38_143685_box_Incident_Summaries_173-233
Agency: Department of War
Page 102
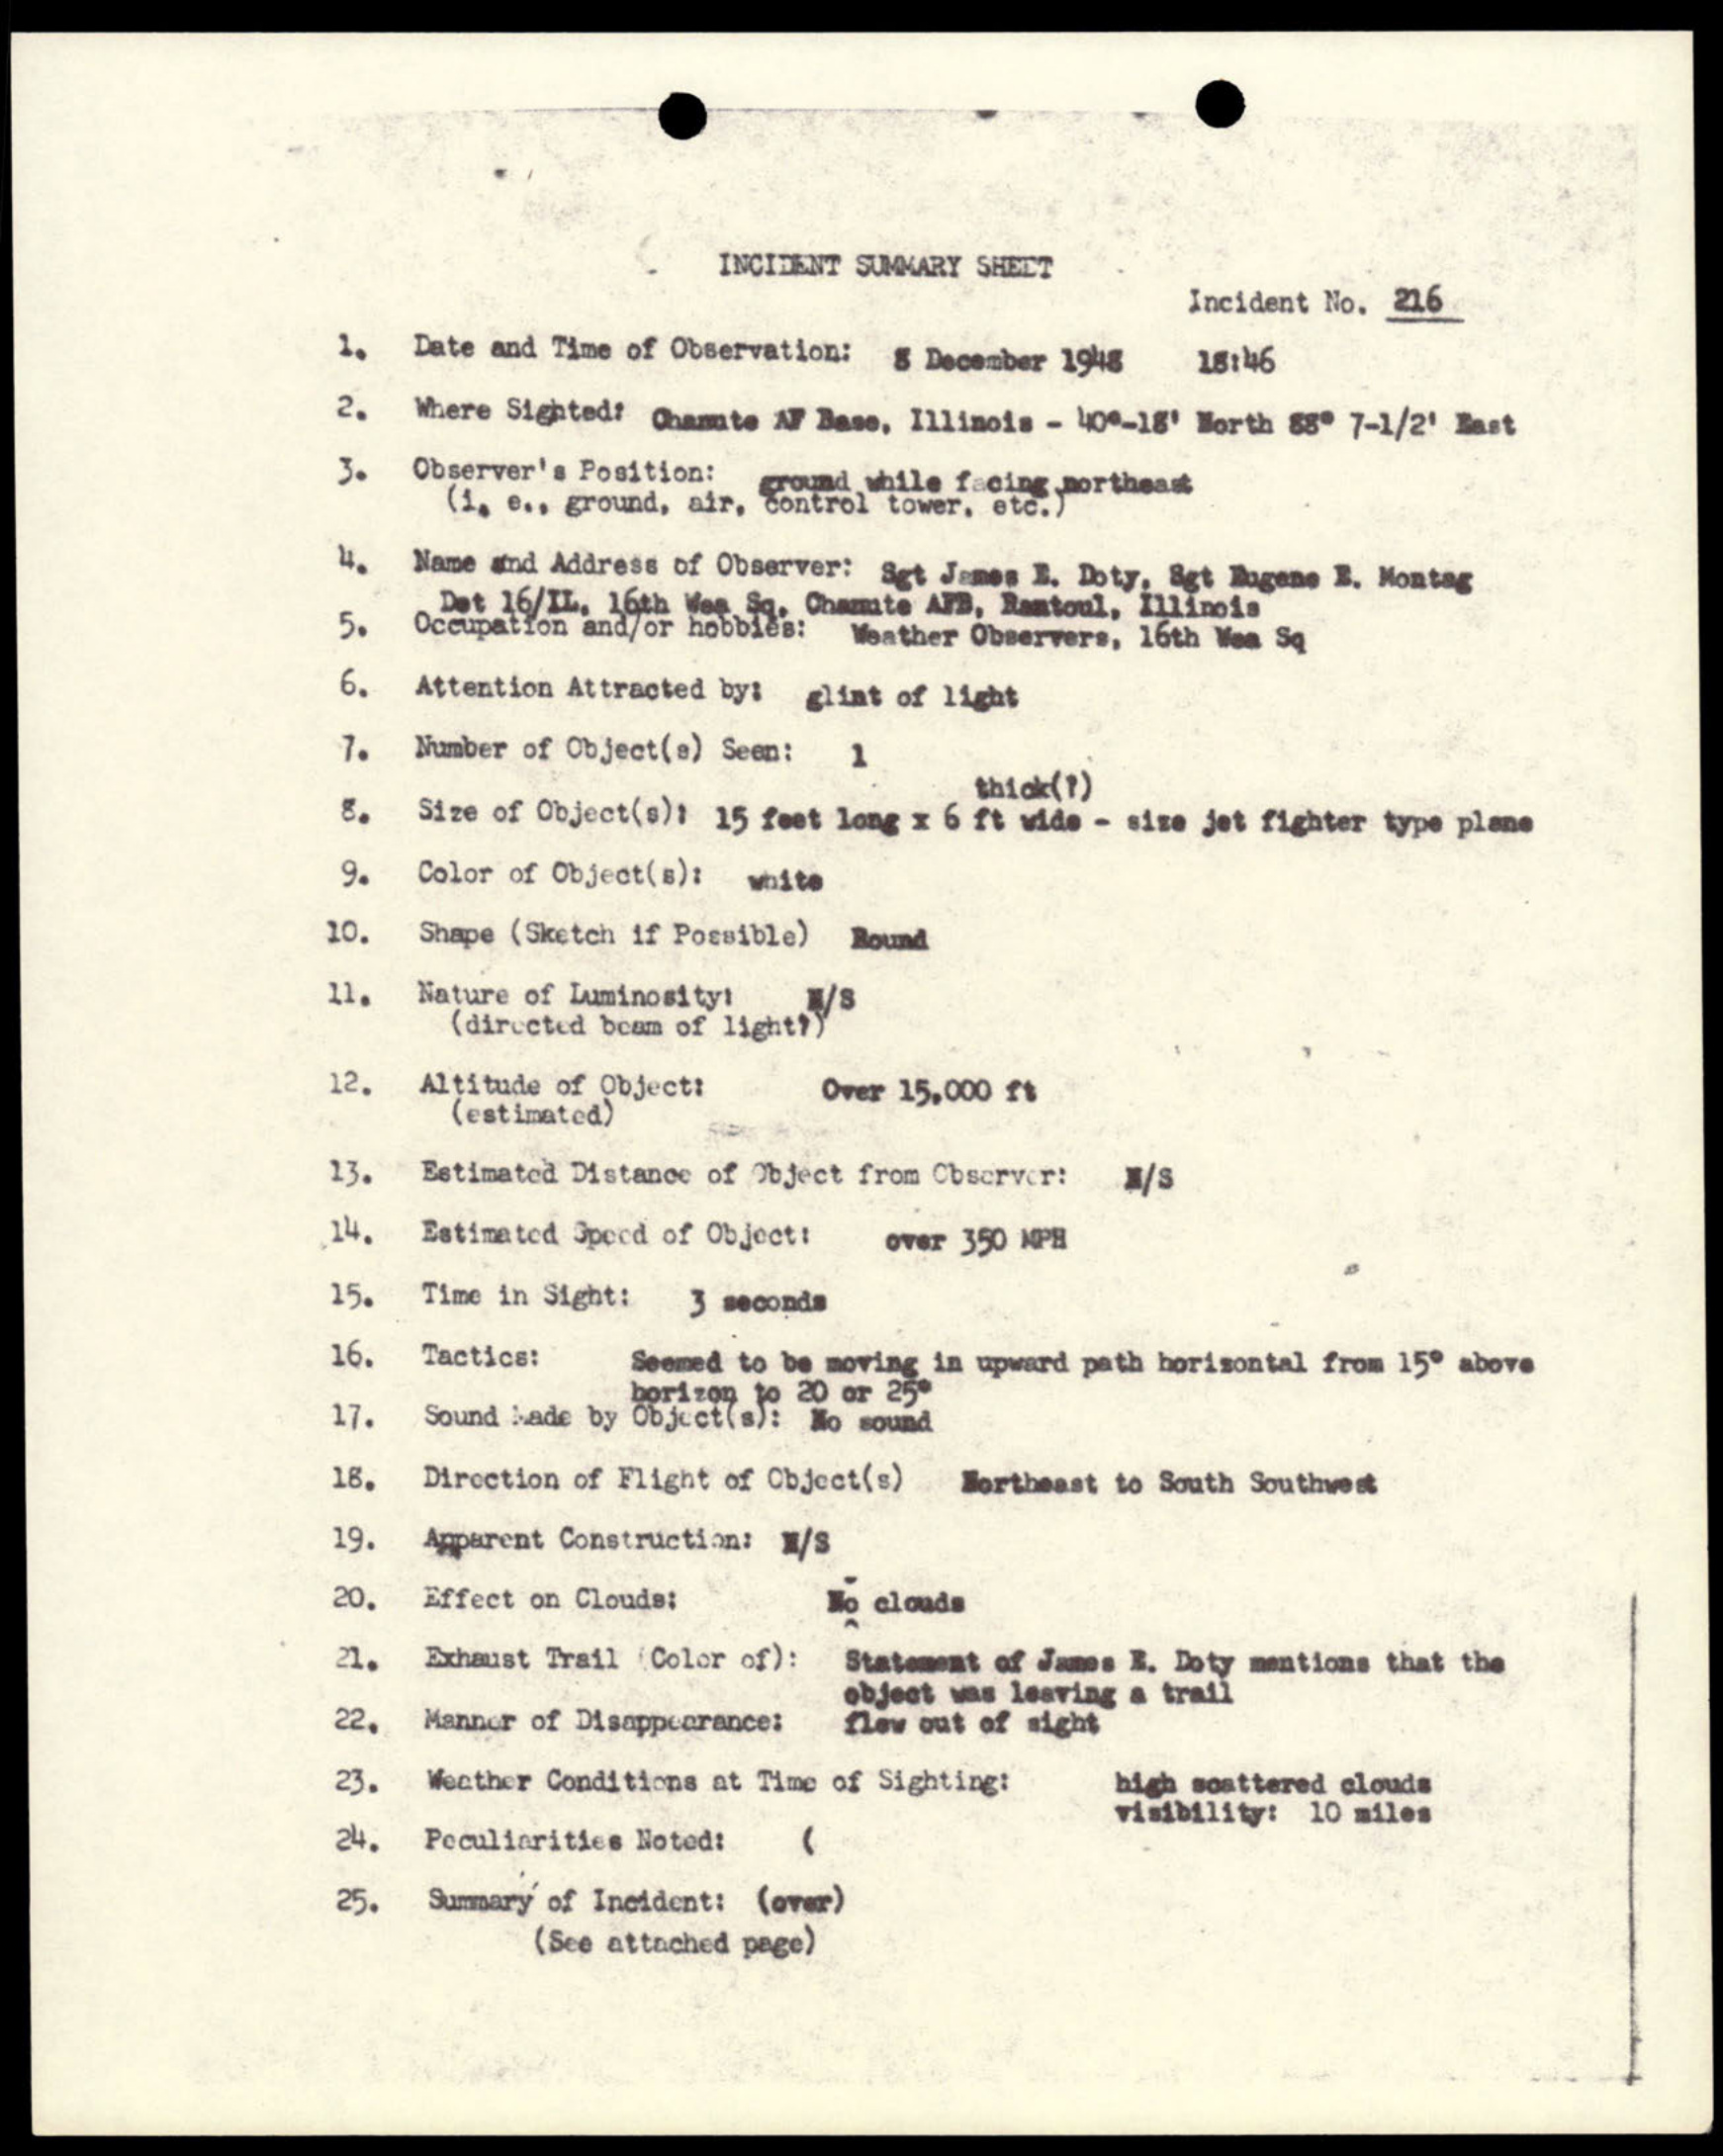